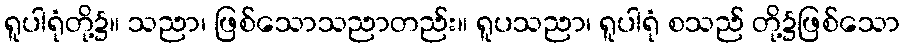
ရူပါရုံတို့၌။ သညာ၊ ဖြစ်သောသညာတည်း။ ရူပသညာ၊ ရူပါရုံ စသည် တို့၌ဖြစ်သော